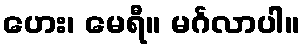
ဟေး၊ မေရီ။ မင်္ဂလာပါ။